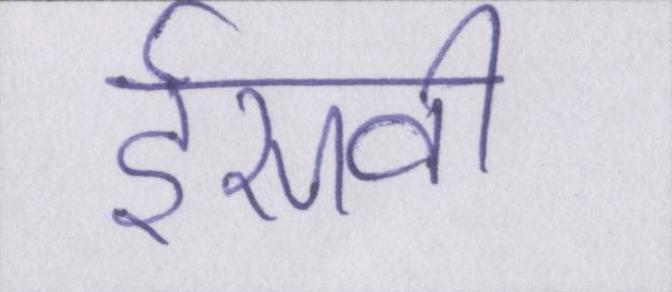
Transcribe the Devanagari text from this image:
ईसवी